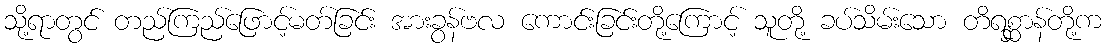
သို့ရာတွင် တည်ကြည်ဖြောင့်မတ်ခြင်း အားခွန်ဗလ ကောင်းခြင်းတို့ကြောင့် သူတို့ ခပ်သိမ်းသော တိရစ္ဆာန်တို့က